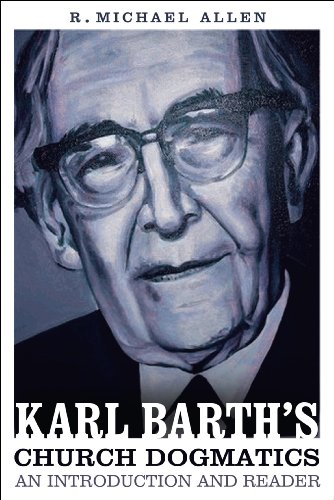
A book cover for Karl Barth's Church Dogmatics: An Introduction and Reader; R. Michael Allen; Christian Books & Bibles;